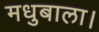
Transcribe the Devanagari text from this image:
मधुबाला।